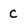
Character: c